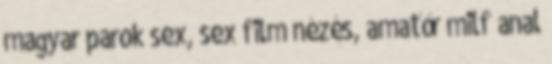
magyar parok sex, sex film nézés, amatőr milf anal